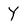
Character: Y